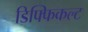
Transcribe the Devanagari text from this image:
डिफ्फिकल्ट